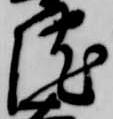
院